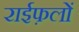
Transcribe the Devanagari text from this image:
राईफ़लों